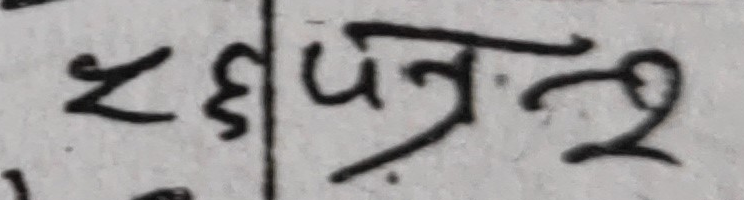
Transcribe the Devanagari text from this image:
रुपत्र २